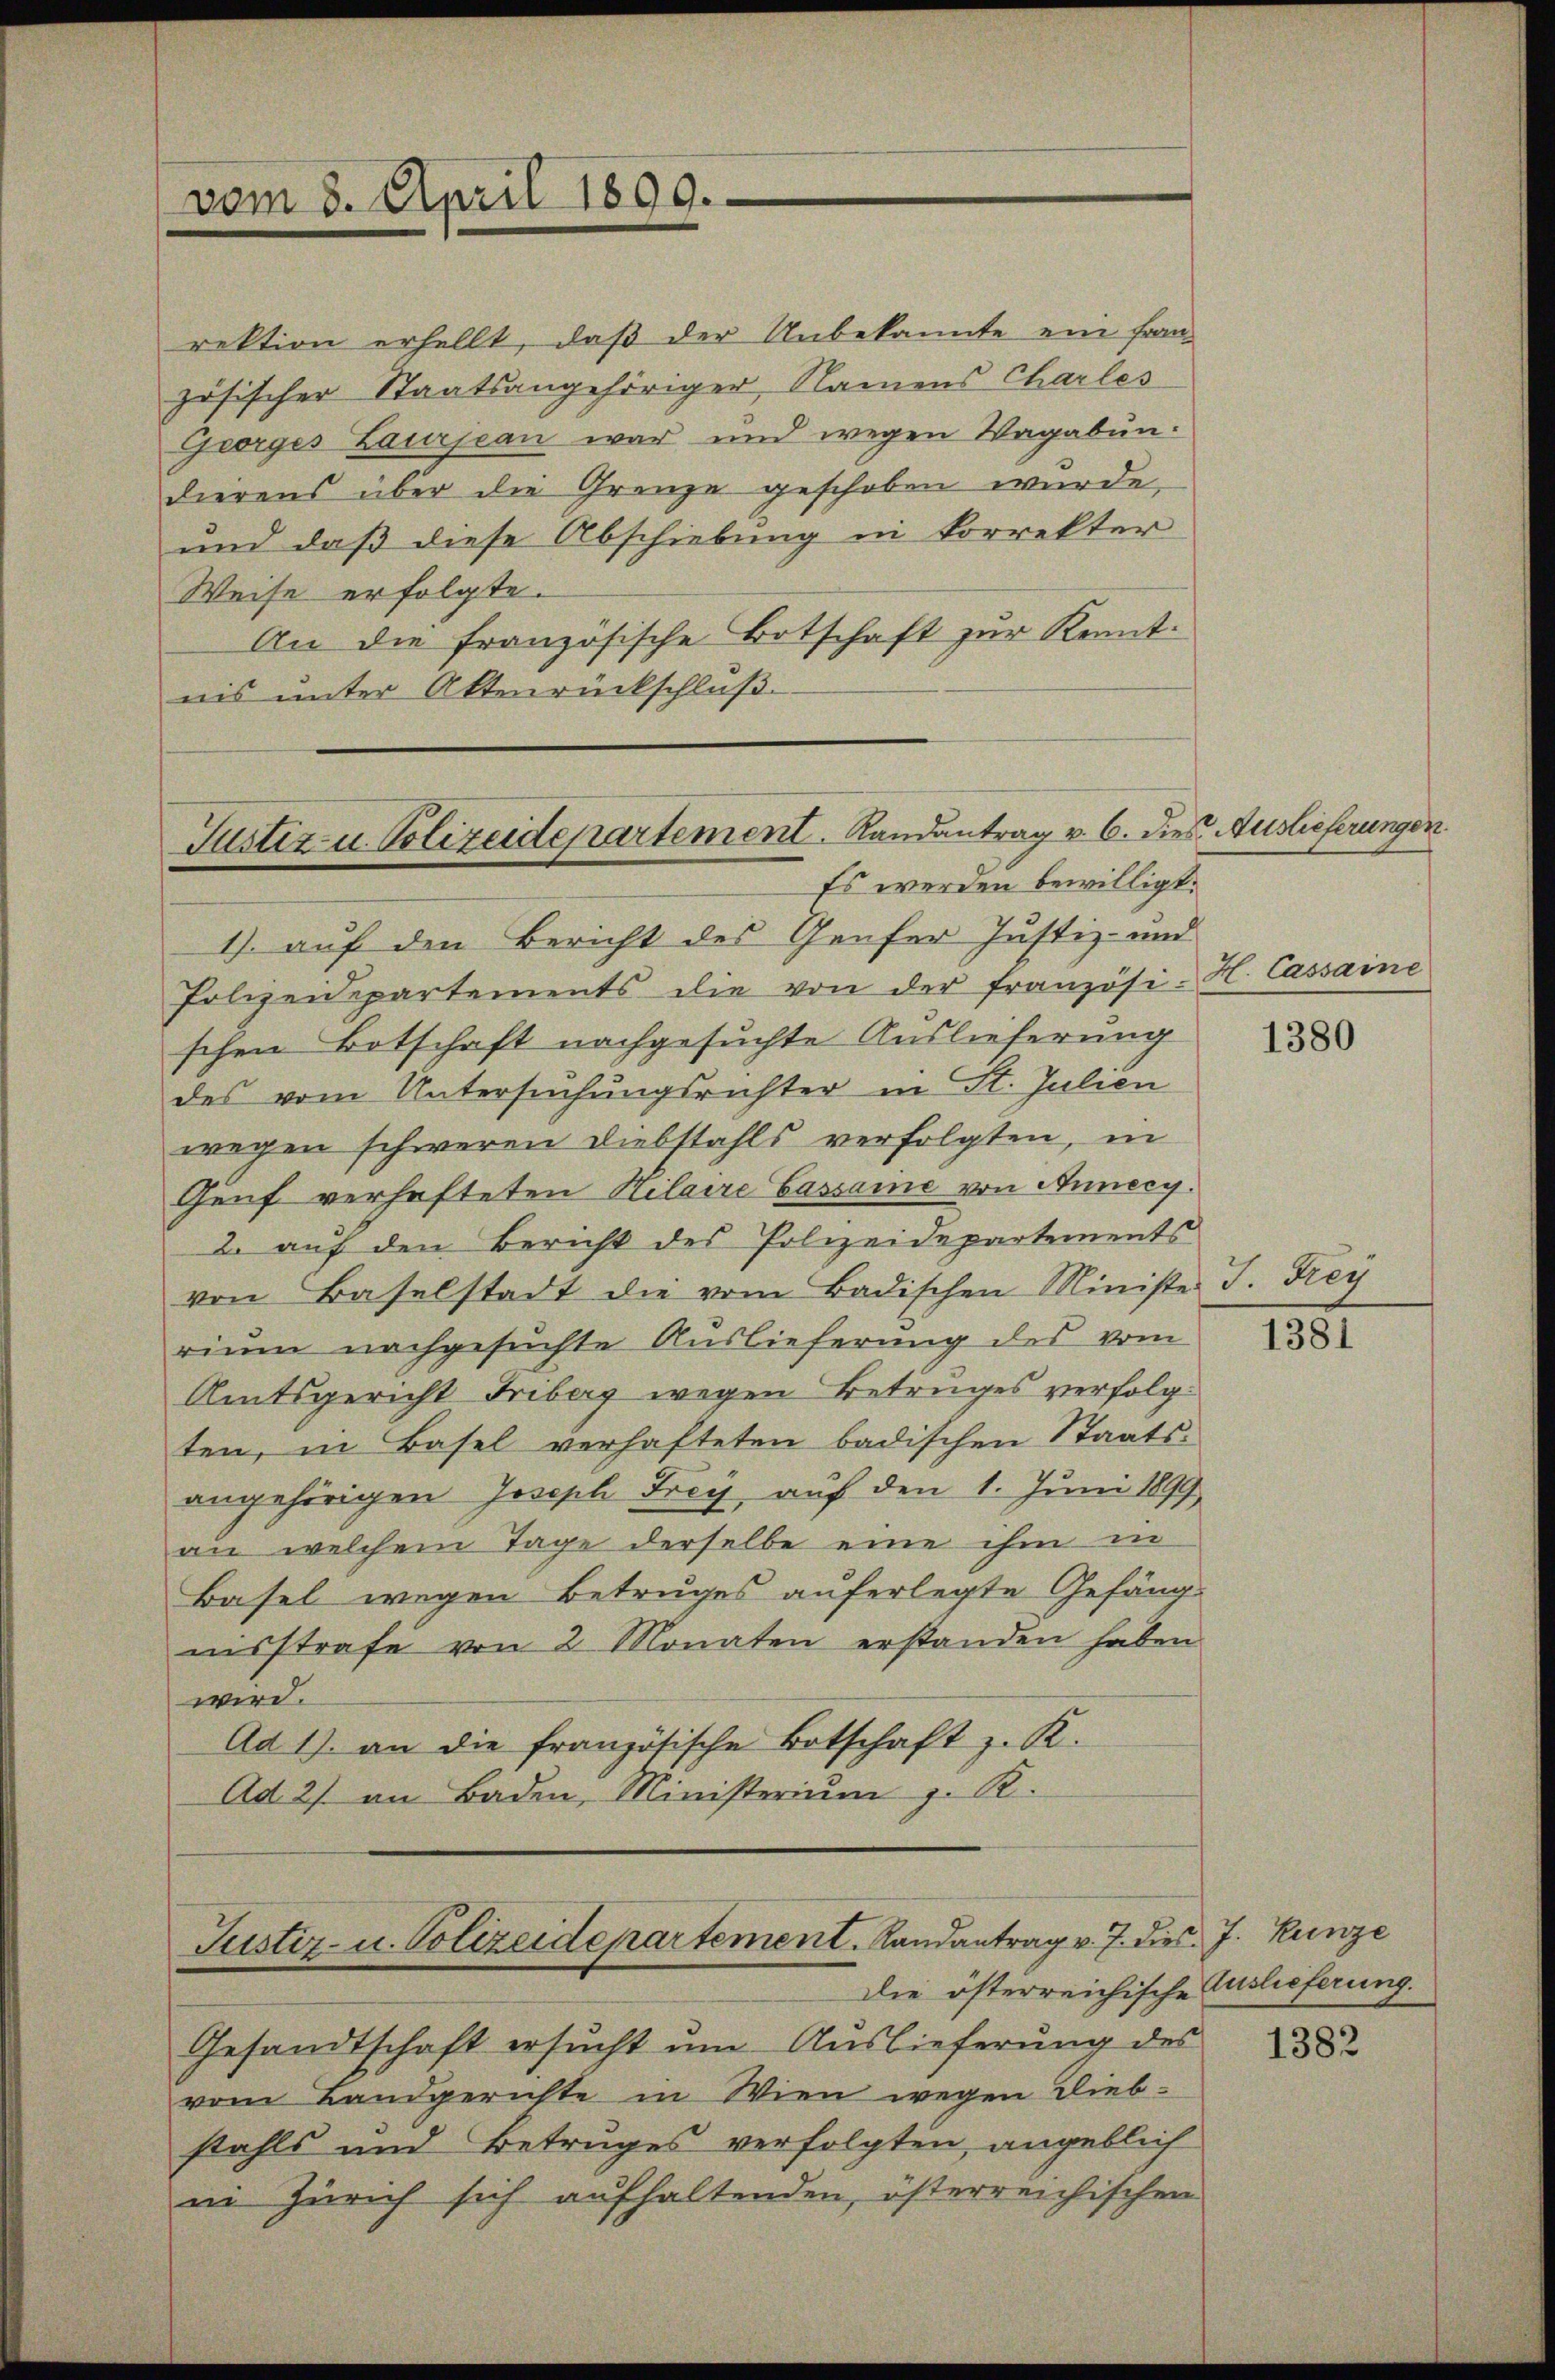
vom 8. April 1899.

rektion erhellt, daß der Unbekannte ein Französischer Staatsangehöriger, Namens Charles
Georges Laurjean war und wegen Vagabundierens über die Grenze geschoben wurde,
und daß diese Abschiebung in korrekter
Weise erfolgte.
An die französische Botschaft zur Kenntnis ŭnter Aktenrückschlŭβ

Justiz u. Polizeidepartement. Landantrag v. 6. Dies Auslieferungen.
Es werden bewilligt.

1) auf den Bericht des Genfer Justiz- und
Polizeidepartements die von der französi-H. Cassaine
schen Botschaft nachgesuchte Auslieferung
des vom Untersuchungsrichter in St. Julien
wegen schweren Diebstahls verfolgten, in
Genf verhafteten Kilaire Cassame von Annecy.
2. auf den Bericht des Polizeidepartements
von Baselstadt die vom Badischen Ministe
rium nachgesuchte Auslieferung des vom
Amtsgericht Friberg wegen Betruges verfolgten, in Basel verhafteten badischen Staatsangehörigen Joseph Frey, auf den 1. Juni 1899
au welchem Tage derselbe eine ihm in
Basel wegen Betruges auferlegte Gefäng-
nisstrafe von 2 Monaten erstanden haben.
wird.
Ad 1) an die französische Botschaft z. K.
Ad 2) an Baden, Ministerium z. R.

Justiz- u. Polizeidepartement. Landantrag v. J. dies J. Kunze
Die österreichische Auslieferung.

Gesandtschaft ersŭcht um Auslieferung des
vom Landgerichte in Wien wegen Diebstahls und Betruges verfolgten, angeblich
in Zürich sich aufhaltenden österreichischen

1380

I. Pey

1381

1382